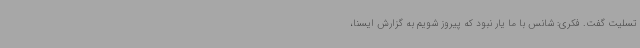
تسلیت گفت. فکری: شانس با ما یار نبود که پیروز شویم به گزارش ایسنا،